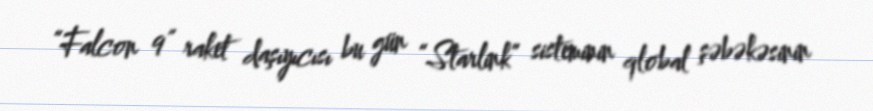
“Falcon 9” raket daşıyıcısı bu gün “Starlink” sisteminin qlobal şəbəkəsinin